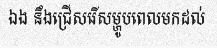
ឯង នឹងជ្រើសរើសម្ហូបពេលមកដល់